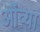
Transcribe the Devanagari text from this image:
ओंव्या